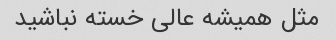
مثل همیشه عالی خسته نباشید